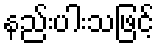
နည်းပါးသဖြင့်